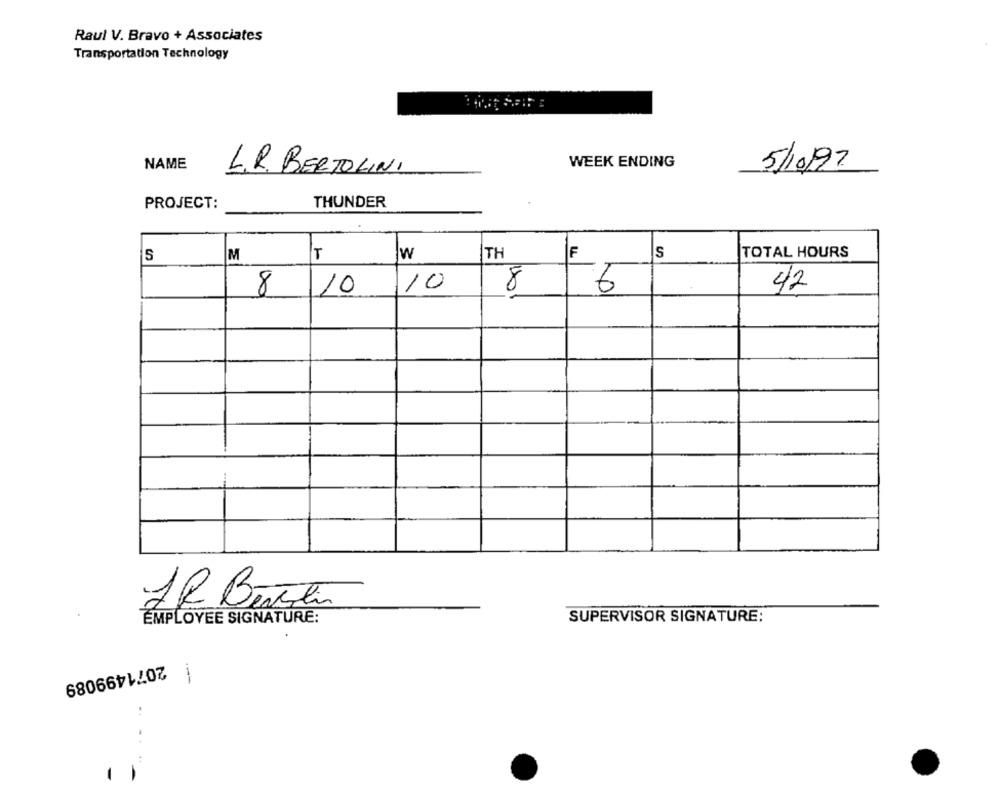
Raul V. Bravo + Associates
Transportation Technology
NAME
WEEK ENDING
5/10/97
L.R. BERTOLINI
PROJECT:
THUNDER
S
TOTAL HOURS
S
M
T
w
TH
F
10
8
8
6
42
10
IR Bertstin
EMPLOYEE SIGNATURE:
SUPERVISOR SIGNATURE:
2071499089